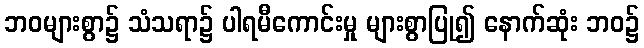
ဘဝများစွာ၌ သံသရာ၌ ပါရမီကောင်းမှု များစွာပြု၍ နောက်ဆုံး ဘဝ၌